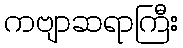
ကဗျာဆရာကြီး